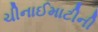
ચીનાઈમાટીની